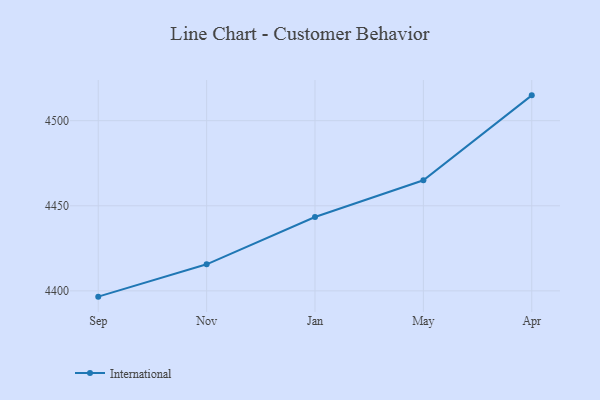
{"axis": {"x": "Month", "y": "Population (Million)"}, "legend": ["International"], "data": [{"x": "Sep", "y": 4396.6, "type": "International"}, {"x": "Nov", "y": 4415.6, "type": "International"}, {"x": "Jan", "y": 4443.4, "type": "International"}, {"x": "May", "y": 4465.0, "type": "International"}, {"x": "Apr", "y": 4514.9, "type": "International"}]}